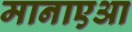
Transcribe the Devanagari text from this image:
मानाएआ